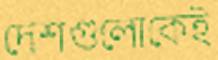
দেশগুলোকেই